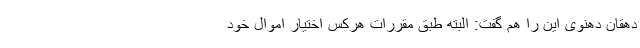
دهقان دهنوی این را هم گفت: البته طبق مقررات هرکس اختیار اموال خود